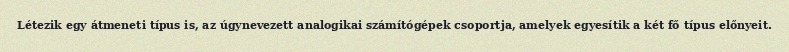
Létezik egy átmeneti típus is, az úgynevezett analogikai számítógépek csoportja, amelyek egyesítik a két fő típus előnyeit.